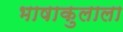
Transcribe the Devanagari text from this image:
भाषाकुलाला